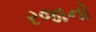
રજાનો